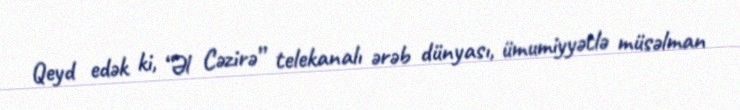
Qeyd edək ki, “Əl Cəzirə” telekanalı ərəb dünyası, ümumiyyətlə müsəlman